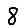
Digit: 8